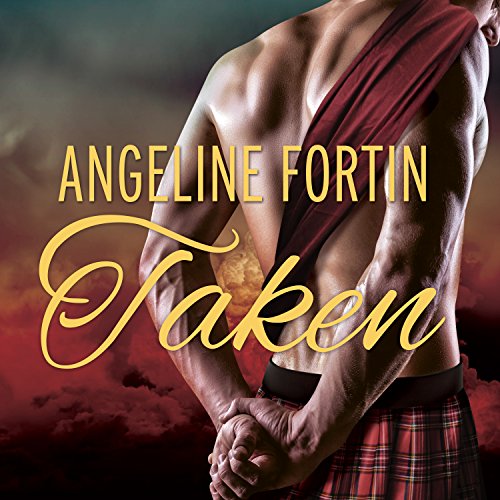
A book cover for Taken: A Laird for All Time, Book 2; Angeline Fortin; Romance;